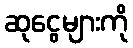
ဆုငွေများကို